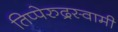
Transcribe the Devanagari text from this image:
तिप्पेरुद्रस्वामी